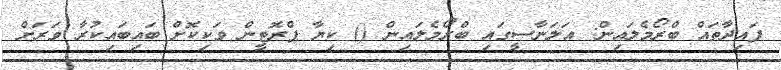
ފައިދާތައް ބްރޯމެލައިން: އަލަނާސީގައި ބްރޯމެލައިން () ކިޔާ ޕްރޮޓީން ވަކިކޮށް ބައިބައިކުރާ ވަރަށް